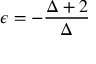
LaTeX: \epsilon = - \frac { \Delta + 2 } { \Delta }